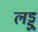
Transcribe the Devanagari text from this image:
लड्डु